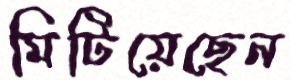
মিটিয়েছেন